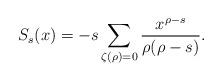
LaTeX: \begin{align*}S_{s}(x) = -s \sum_{\zeta(\rho) = 0} \frac{x^{\rho-s}}{\rho(\rho-s)}.\end{align*}